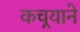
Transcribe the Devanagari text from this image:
कचर्‍याने